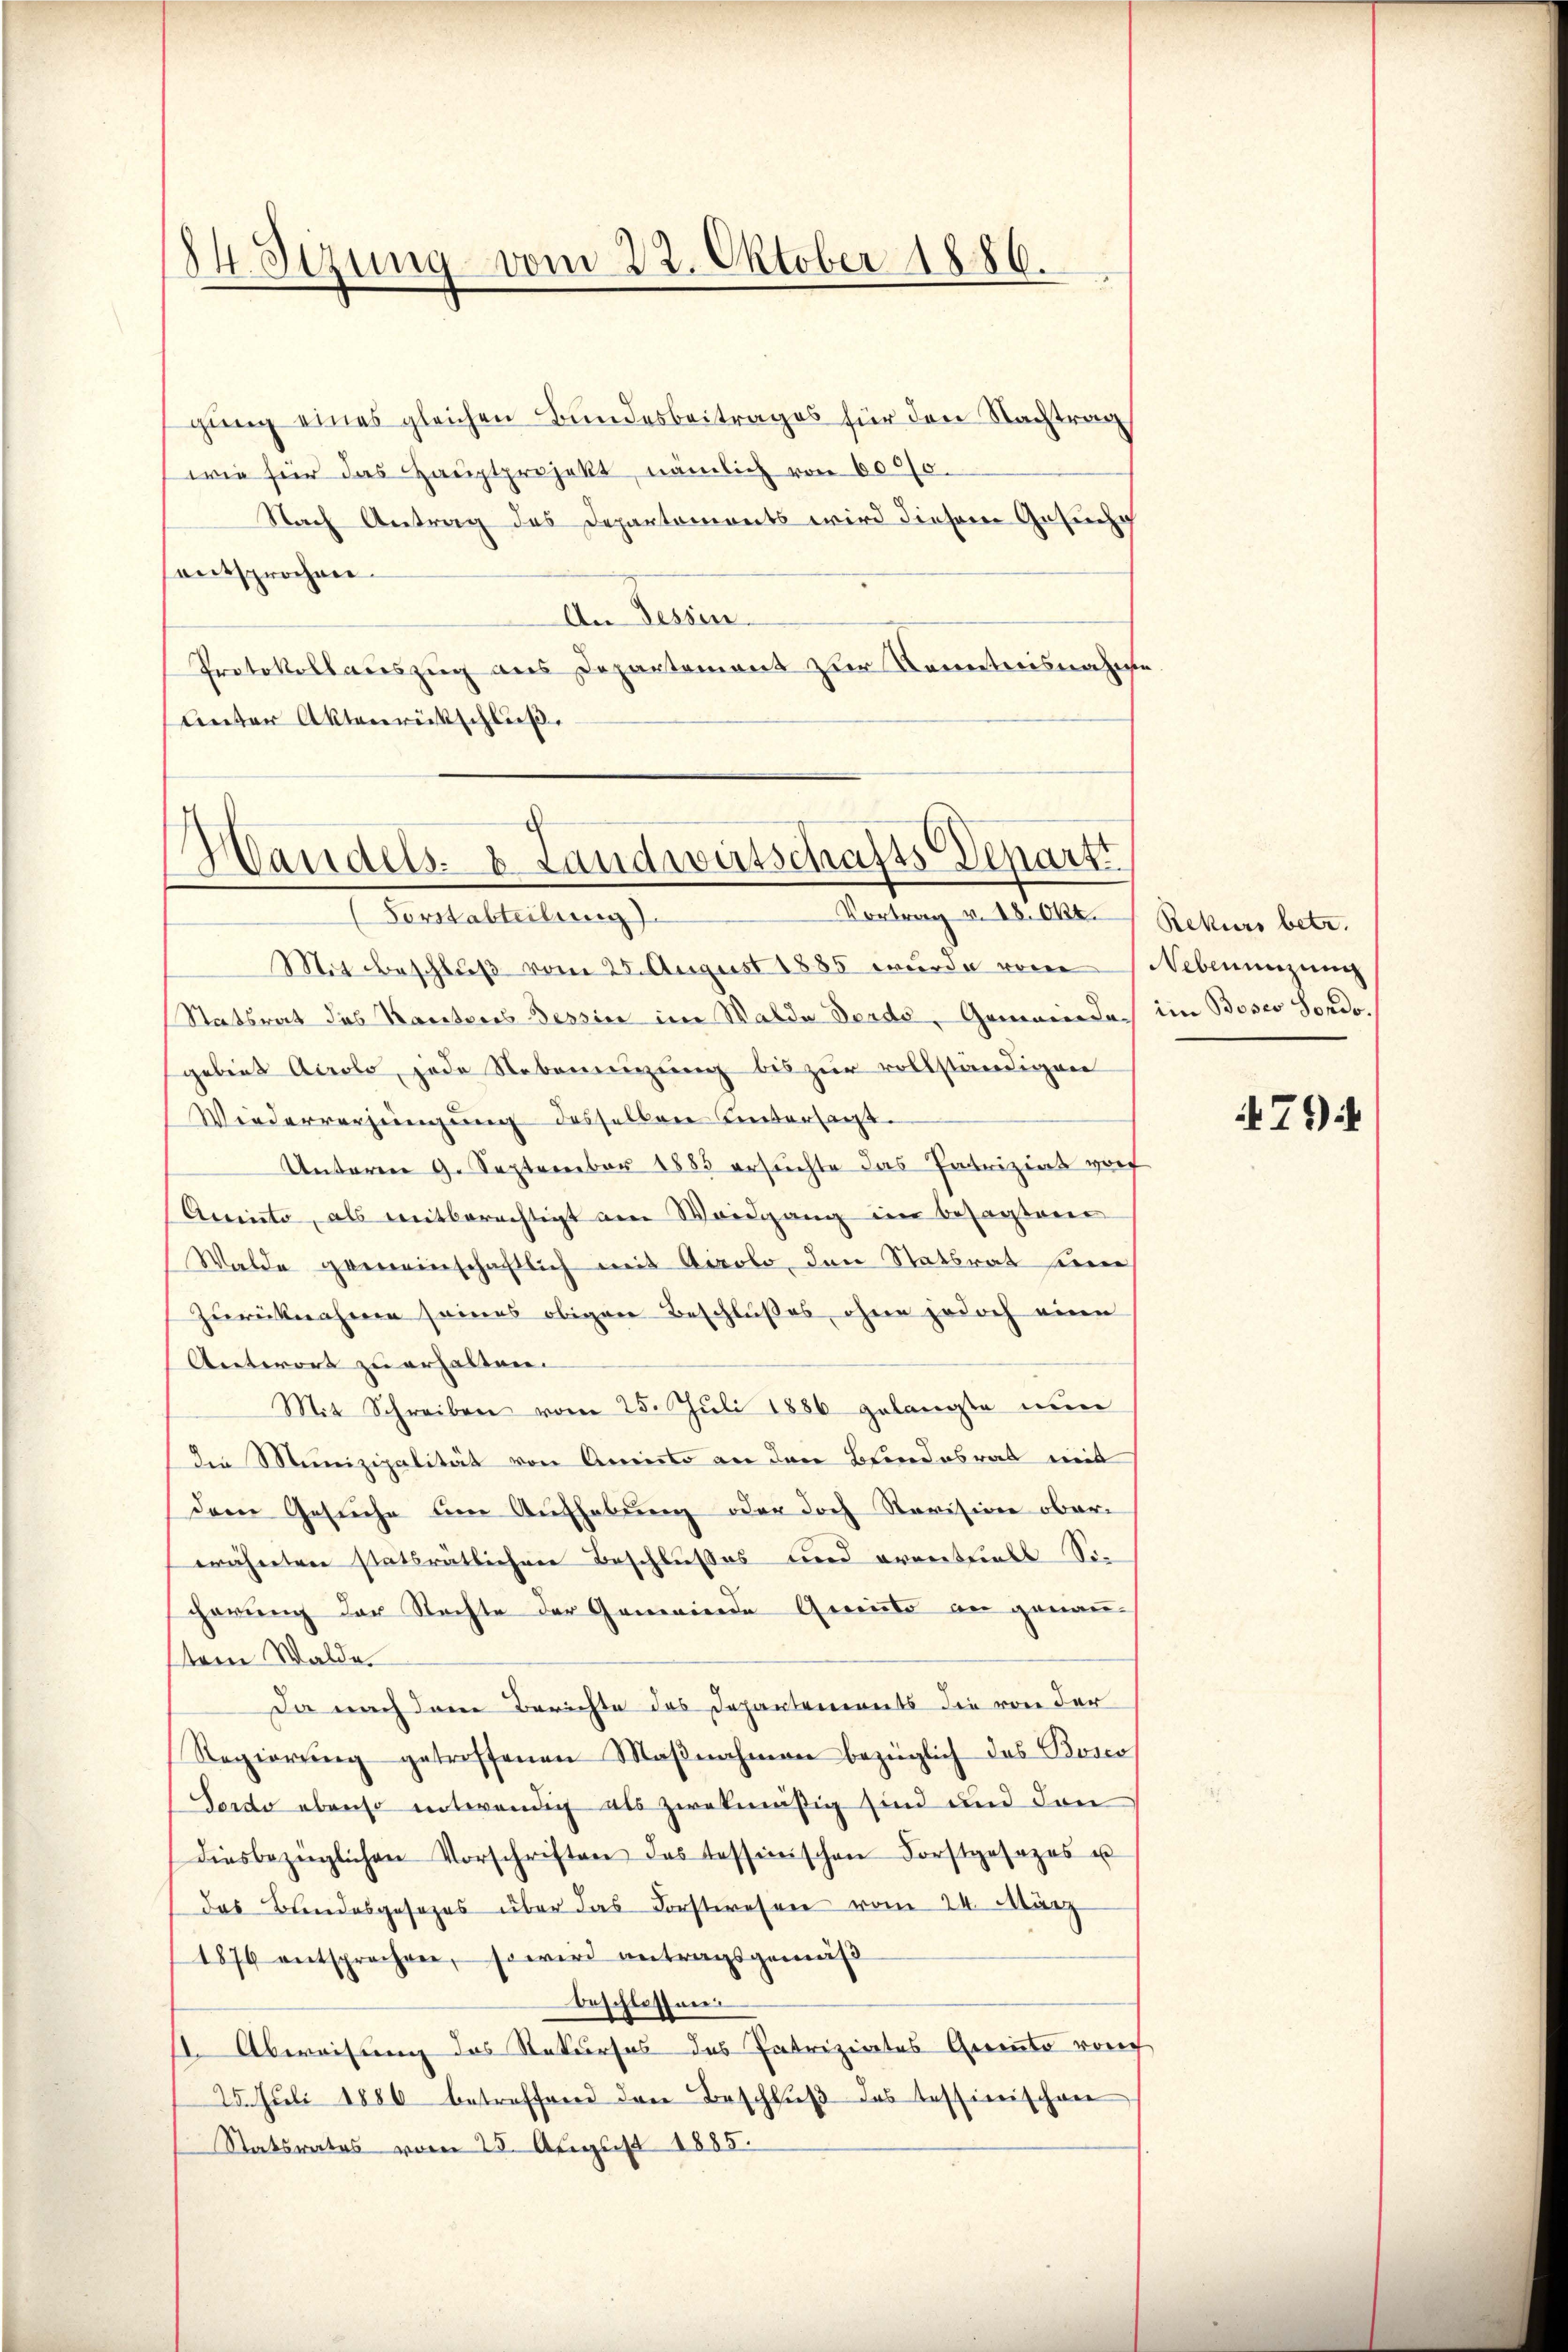
84. Sizung vom 22. Oktober 1886.

gung eines gleichen Bundesbeitrages für den Nachtrag
wie für das Hauptprojekt, nämlich von 6000.
Nach Antrag des Departemonts wird diesem Gesuche
entsprochen.
An Dessen.
Protokollauszug aus Departement zur Kenntnisnahm
unter Aktenrückschluß.

Handels- u. Landwirtschafts Departi
Vortrag v. 18. Okt.
 Pestanleitung

Mitbeschluß vom 25. August 1885 wurde von Nebenenzung
Statsrat des Karteres Bessier im Walde Verde, Gemeindach im Böses Sores,
gebiet Acrolo, jede Nebenenzung bis zur vollständigen
Wiederverjüngung desselben hintersagt.
Unterm 9. September 1885 ersuchte das Patriziat vor
Aceinte, als mitberechtigt am Waidgang im besagten
Walde gemeinschaftlich mit Airolo, den Statsrath seine
zurücknahme seines obigen Beschlußes, ohne jedoch eine
Antwort zu erhalten.
Mit Schreiben vom 25. Juli 1886 gelangte nun
die Munizipalität von Ameisto an den Blindesrat mit
dem Gesuche um Aufhebung oder doch Revision ober
eähneten statsrätlichere Beschlusses und errenthielt Sie
cherung der Rechte der Gemeinde Gerinte an genau-
tem Walde
Da nach dem Berichte das Departements die von der
Regierŭng getroffenen Maβnahmen bezüglich das Bosco
Porto ebenso entwendig als zwekmäßig sind und den
diesbezüglichen Vorschriften das Tessinischen Forstgesezes u
das Bundesgesezes über das Forstwesen vom 24. März
1876 entsprechen, so wird antragsgemäß
beschlossen
11. Abweisung des Rekurses des Patriziates Germte von
25. Juli 1886 betreffend den Beschluß des Tessinischen
Statsrates vom 25. August 1885.

.

Rekurs betr.

71